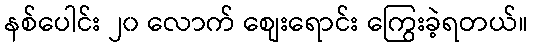
နစ်ပေါင်း ၂၀ လောက် စျေးရောင်း ကြွေးခဲ့ရတယ်။